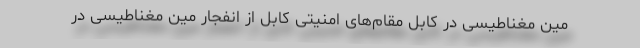
مین مغناطیسی در کابل مقام‌های امنیتی کابل از انفجار مین مغناطیسی در